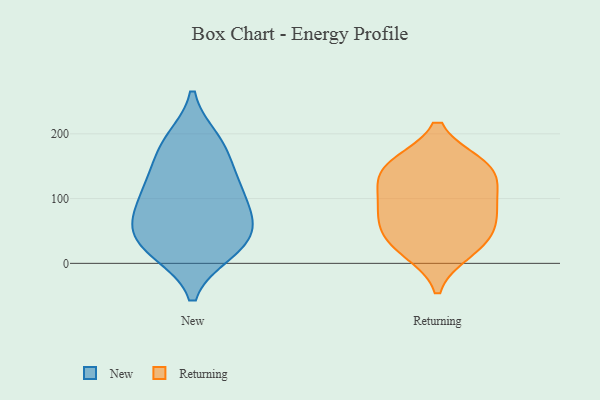
{"axis": {"x": "Revenue (USD Million)", "y": "Value"}, "legend": ["New", "Returning"], "data": [{"x": "", "y": 127, "type": "New"}, {"x": "", "y": 43, "type": "New"}, {"x": "", "y": 61, "type": "New"}, {"x": "", "y": 66, "type": "New"}, {"x": "", "y": 18, "type": "New"}, {"x": "", "y": 122, "type": "New"}, {"x": "", "y": 114, "type": "New"}, {"x": "", "y": 167, "type": "New"}, {"x": "", "y": 64, "type": "New"}, {"x": "", "y": 190, "type": "New"}, {"x": "", "y": 92, "type": "New"}, {"x": "", "y": 22, "type": "New"}, {"x": "", "y": 21, "type": "New"}, {"x": "", "y": 187, "type": "New"}, {"x": "", "y": 105, "type": "Returning"}, {"x": "", "y": 59, "type": "Returning"}, {"x": "", "y": 80, "type": "Returning"}, {"x": "", "y": 130, "type": "Returning"}, {"x": "", "y": 19, "type": "Returning"}, {"x": "", "y": 152, "type": "Returning"}, {"x": "", "y": 46, "type": "Returning"}, {"x": "", "y": 148, "type": "Returning"}, {"x": "", "y": 27, "type": "Returning"}, {"x": "", "y": 89, "type": "Returning"}, {"x": "", "y": 151, "type": "Returning"}]}